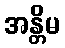
အန္တိမ